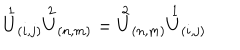
\stackrel { 1 } { U } _ { ( i , j ) } \stackrel { 2 } { U } _ { ( n , m ) } = \stackrel { 2 } { U } _ { ( n , m ) } \stackrel { 1 } { U } _ { ( i , j ) }